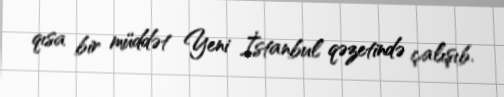
qısa bir müddət Yeni İstanbul qəzetində çalışıb.